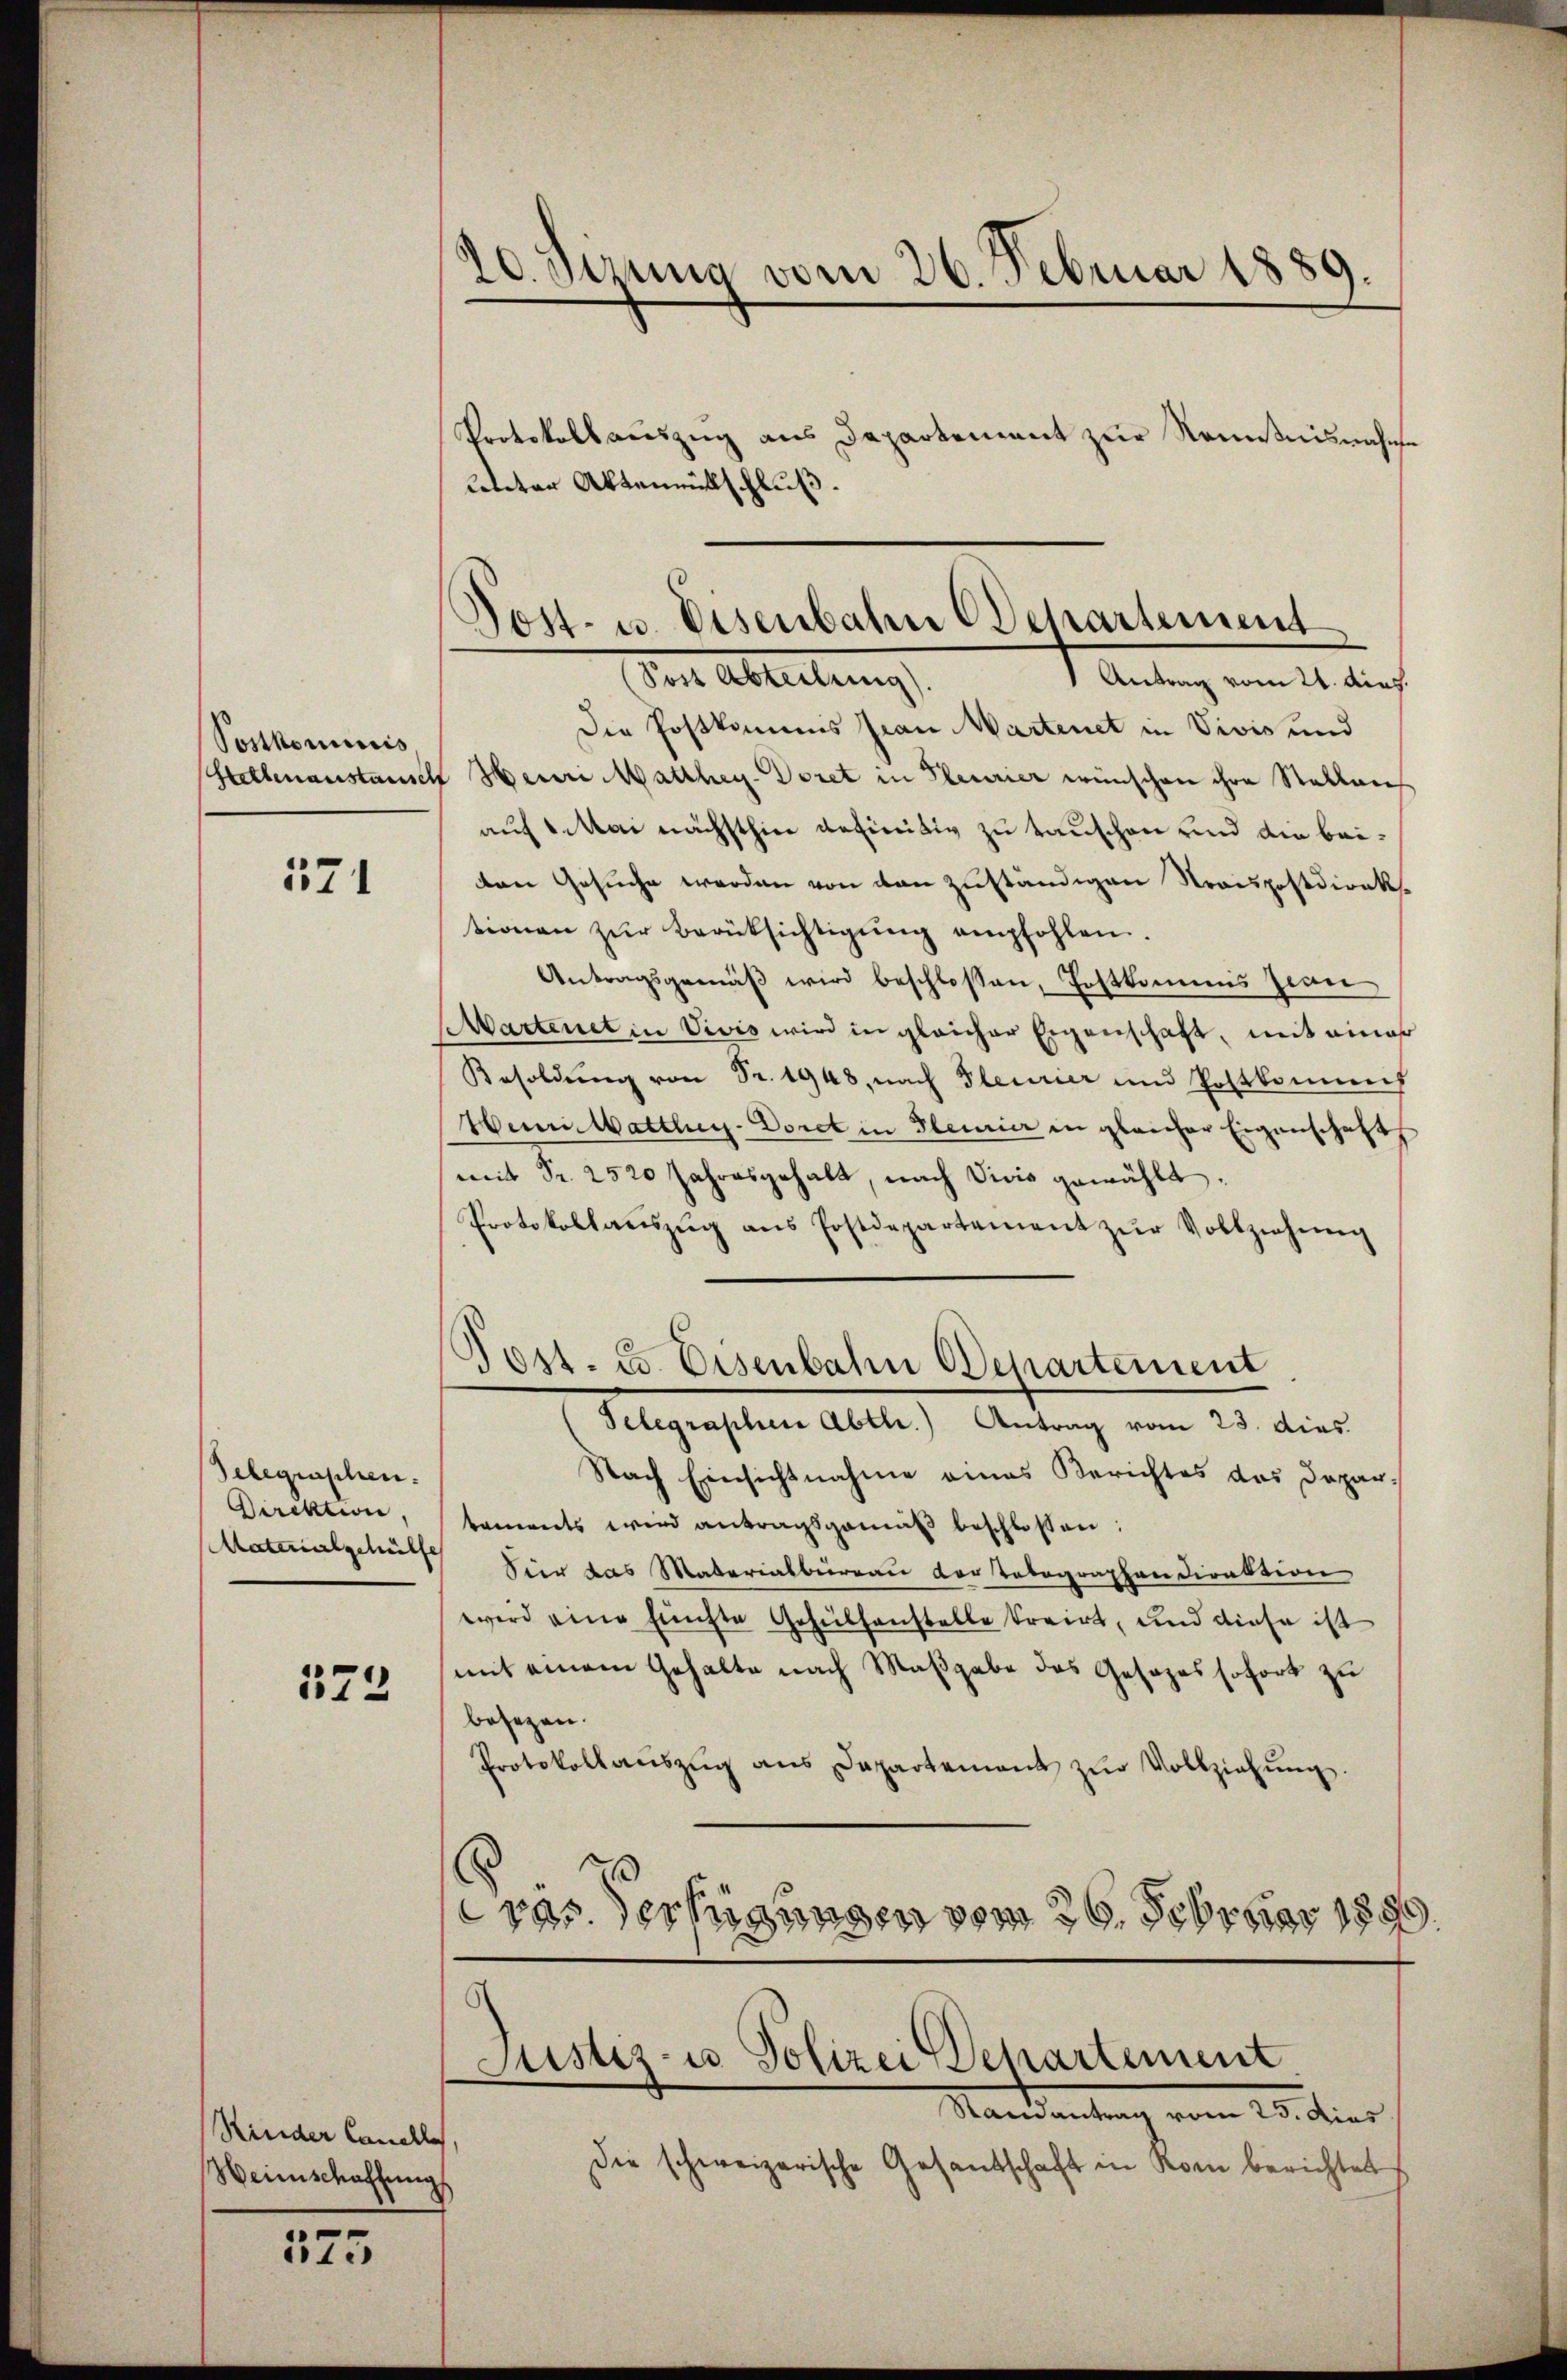
Sostkommis

571

Teleguischen.
Direktion
Materialgehülfe

173

Rinder Canalles.
Heimschaffung

e
37.

10. Sirung vom 26. Februar 1889.
Protokollauszug aus Departement zur Kenntnisnahme
Deter Aktenrütschluß.

Post- u. Eisenbahn Departement
Den Abteilung
 Antrag vom 21. dies.

Die Postkommis Frau Martenet in Vivis und
Stellenanstausch Henri Matthey-Doret in Pleurier wünschen ihre Stellens
auf 1 Mai nächsthin definitiv zu tauschen und die beiden Gesuche werden von den zuständigen Stranspostdirektionen zŭr Berüksichtigŭng empfohlen.
Antragsgemäβ wird beschlossen, Postkommis Jwan
Martenet in Vivis wird in gleicher Eigenschaft, mit eines
Besoldŭng von Fr. 1948, nach Gleurier und Postkommis
Henrietattun-Doret in Planier in gleicher Eigenschafts
mit Fr. 2520 Jahresgehalt, nach Vicis gewählt:
Protokollaŭszŭg ans Postdepartement zŭr Vollziehŭng
Post. u. Eisenbahn Departement
Telegraphen Abth.) Antrag vom 23. dies
Nach Einsichtnahme eines Berichtes das Departaments wird antragsgemäß beschlossen:
Seir das Materialbureau der Tobographen Direktion
wird eine Ernste Gehülfenstelle trairt, und diese ist
mit einem Gehalte nach Maßgabe des Gesezes sofort zu
besezen.
Protokollaŭszŭg ans Departement zŭr Vollziehŭng.
vas Verfügungen vom 26. Februar 1890

Justiz- u Polizei Departement

Mandantung vom 25. dies
Die schweizerische Gesandschaft in Rom berichtet